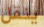
ينقل